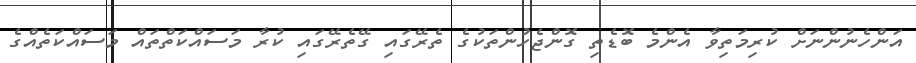
އަންހެނުންނަށް ކުރިމަތިވާ އެންމެ ބޮޑެތި ގޮންޖެހުންތަކުގެ ތެރޭގައި ގޭތެރޭގައި ކުރާ މަސައްކަތްތައް މަސައްކަތެއްގެ